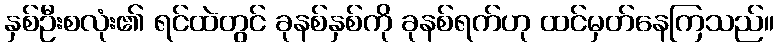
နှစ်ဦးစလုံး၏ ရင်ထဲတွင် ခုနစ်နှစ်ကို ခုနစ်ရက်ဟု ထင်မှတ်နေကြသည်။